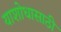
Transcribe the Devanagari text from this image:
याशोधासाठी